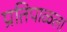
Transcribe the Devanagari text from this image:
प्रतिपाळला